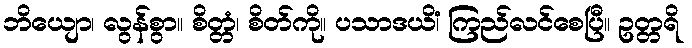
ဘိယျော၊ လွန်စွာ။ စိတ္တံ၊ စိတ်ကို။ ပသာဒယိံ၊ ကြည်လင်စေပြီ။ ဥတ္တရိ